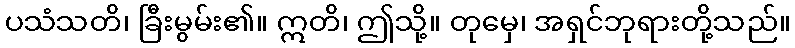
ပသံသတိ၊ ခြီးမွမ်း၏။ ဣတိ၊ ဤသို့။ တုမှေ၊ အရှင်ဘုရားတို့သည်။